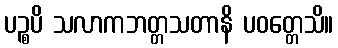
ပဉ္စပိ သလာကဘတ္တသတာနိ ပဝတ္တေသိ။